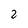
Character: 2